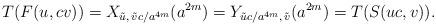
LaTeX: \begin{align*}T(F(u, cv)) = X_{\tilde u,\,\tilde v c/a^{4m}}(a^{2m}) = Y_{\tilde uc/a^{4m},\, \tilde v}(a^{2m}) = T(S(uc, v)). \end{align*}